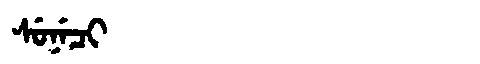
Manchu: ᠰᡠᠨᡝᠴᡳ
Romanization: SUNECI